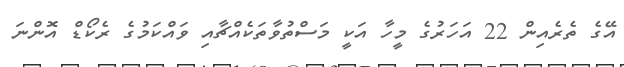
އޭގެ ތެރެއިން 22 އަހަރުގެ މީހާ އަކީ މަސްތުވާތަކެއްޗާއި ވައްކަމުގެ ރެކޯޑް އޮންނަ